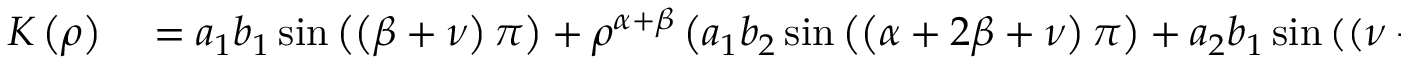
\begin{array} { r l } { K \left( \rho \right) } & { { } = a _ { 1 } b _ { 1 } \sin \left( \left( \beta + \nu \right) \pi \right) + \rho ^ { \alpha + \beta } \left( a _ { 1 } b _ { 2 } \sin \left( \left( \alpha + 2 \beta + \nu \right) \pi \right) + a _ { 2 } b _ { 1 } \sin \left( \left( \nu - \alpha \right) \pi \right) \right) } \end{array}